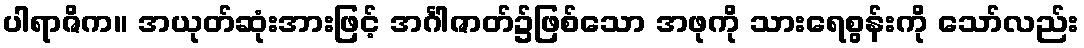
ပါရာဇိက။ အယုတ်ဆုံးအားဖြင့် အင်္ဂါဇာတ်၌ဖြစ်သော အဖုကို သားရေစွန်းကို သော်လည်း